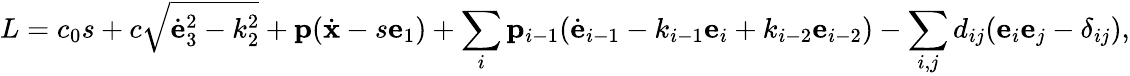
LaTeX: L=c_{0}s+c\sqrt{{\dot{\mathbf e}}_{3}^{2}-k_{2}^{2}}+{\mathbf p}({\dot{\mathbf x}}-s{\mathbf e}_{1})+\sum_{i}{\mathbf p}_{i-1}({\dot{\mathbf e}}_{i-1}-k_{i-1}{\mathbf e}_{i}+k_{i-2}{\mathbf e}_{i-2})-\sum_{i,j}d_{ij}({\mathbf e}_{i}{\mathbf e}_{j}-\delta_{ij}),